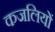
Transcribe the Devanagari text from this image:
कजलियों